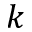
k